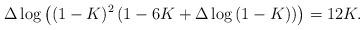
LaTeX: \begin{align*}\Delta\log\left((1-K)^2\left(1-6K+\Delta\log\left(1-K\right)\right)\right)=12K.\end{align*}